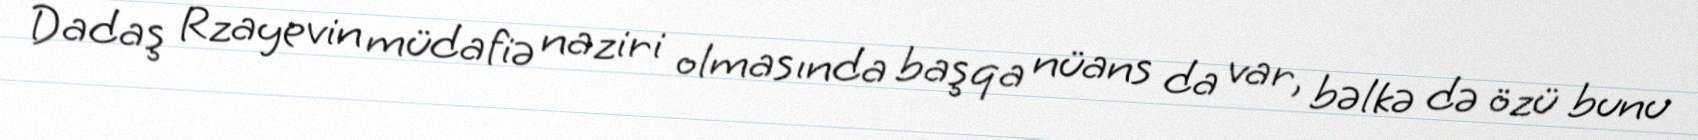
Dadaş Rzayevin müdafiə naziri olmasında başqa nüans da var, bəlkə də özü bunu